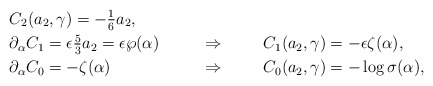
\begin{align*} &C_2(a_2,\gamma) = {-}\tfrac{1}{6} a_2, &\\ &\partial_{\alpha} C_1 = \epsilon \tfrac{5}{3}a_2 = \epsilon \wp(\alpha)& &\Rightarrow& &C_1(a_2,\gamma) = - \epsilon \zeta(\alpha),&\\ &\partial_{\alpha} C_0 = - \zeta(\alpha)& &\Rightarrow& &C_0(a_2,\gamma) = -\log \sigma(\alpha),&\end{align*}